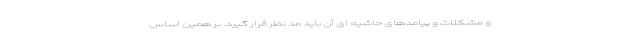
و مشکلات و پیامدهای حاشیه ای آن باید مد نظر قرار گیرد. بر همین اساس